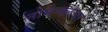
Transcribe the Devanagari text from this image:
नोमेन्क्लेचर